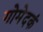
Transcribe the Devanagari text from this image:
गोमेदकं